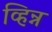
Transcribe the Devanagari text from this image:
व्हिन्न